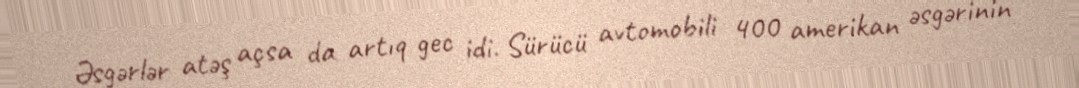
Əsgərlər atəş açsa da artıq gec idi. Sürücü avtomobili 400 amerikan əsgərinin